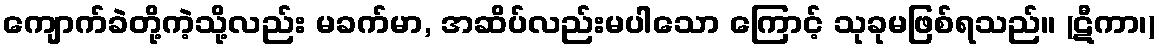
ကျောက်ခဲတို့ကဲ့သို့လည်း မခက်မာ, အဆိပ်လည်းမပါသော ကြောင့် သုခုမဖြစ်ရသည်။ (ဋီကာ၊)